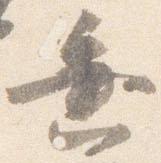
垂